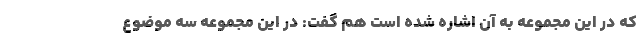
که در این مجموعه به آن اشاره شده است هم گفت: در این مجموعه سه موضوع